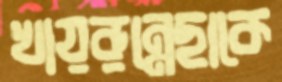
খায়রুন্নেছাকে